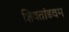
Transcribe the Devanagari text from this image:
शिवतांडवम